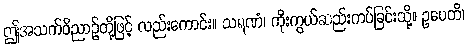
ဤအသက်ဝိညာဉ်တို့ဖြင့် လည်းကောင်း။ သရဏံ၊ ကိုးကွယ်ဆည်းကပ်ခြင်းသို့။ ဥပေတိ၊